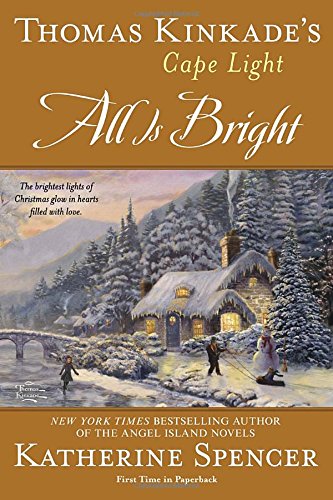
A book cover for Thomas Kinkade's Cape Light: All is Bright: A Cape Light Novel; Katherine Spencer; Religion & Spirituality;